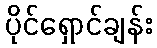
ပိုင်ရှောင်ချန်း